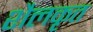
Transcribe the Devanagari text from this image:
शैलकृत